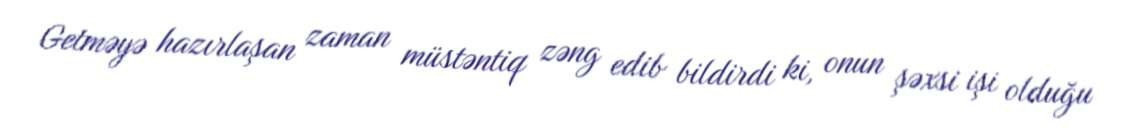
Getməyə hazırlaşan zaman müstəntiq zəng edib bildirdi ki, onun şəxsi işi olduğu